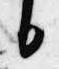
日